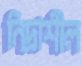
নিদ্রাশীল